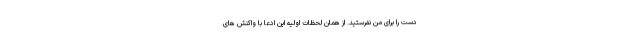
دست را برای من نفرستید. از همان لحظات اولیه این ادعا با واکنش های